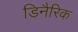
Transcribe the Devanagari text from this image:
डिनैरिक